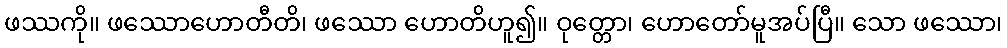
ဖဿကို။ ဖဿောဟောတီတိ၊ ဖဿော ဟောတိဟူ၍။ ဝုတ္တော၊ ဟောတော်မူအပ်ပြီ။ သော ဖဿော၊